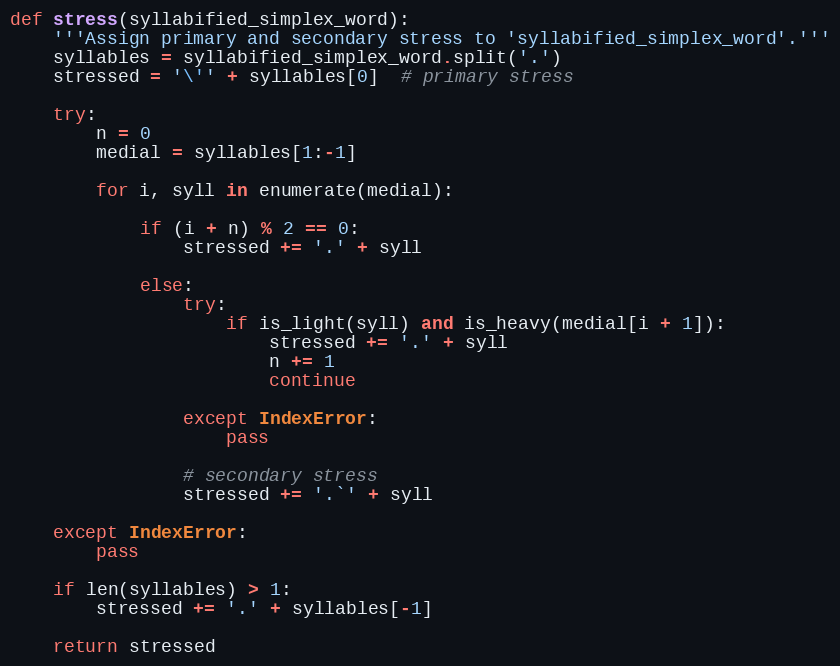
Language: Python
def stress(syllabified_simplex_word):
    '''Assign primary and secondary stress to 'syllabified_simplex_word'.'''
    syllables = syllabified_simplex_word.split('.')
    stressed = '\'' + syllables[0]  # primary stress

    try:
        n = 0
        medial = syllables[1:-1]

        for i, syll in enumerate(medial):

            if (i + n) % 2 == 0:
                stressed += '.' + syll

            else:
                try:
                    if is_light(syll) and is_heavy(medial[i + 1]):
                        stressed += '.' + syll
                        n += 1
                        continue

                except IndexError:
                    pass

                # secondary stress
                stressed += '.`' + syll

    except IndexError:
        pass

    if len(syllables) > 1:
        stressed += '.' + syllables[-1]

    return stressed